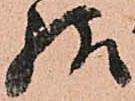
給